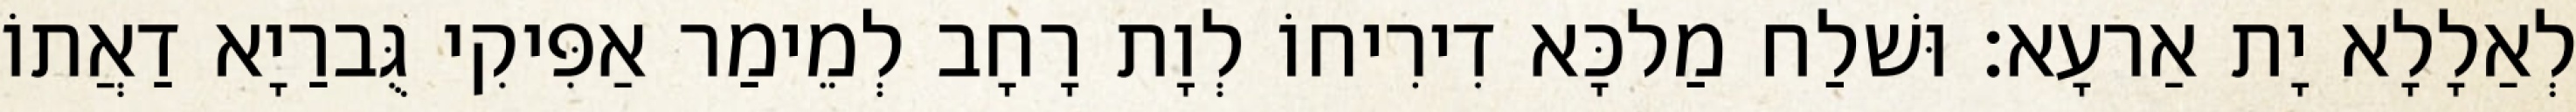
לְאַלָלָא יָת אַרעָא׃ וּשׁלַח מַלכָּא דִירִיחוֹ לְוָת רָחָב לְמֵימַר אַפִּיקִי גֻּברַיָא דַאֲתוֹ